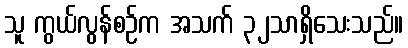
သူ ကွယ်လွန်စဉ်က အသက် ၃၂သာရှိသေးသည်။